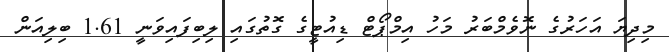
މިދިޔަ އަހަރުގެ ނޮވެމްބަރު މަހު އިމްޕޯޓް ޑިއުޓީގެ ގޮތުގައި ލިބިފައިވަނީ 1.61 ބިލިއަން